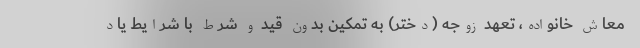
معاش خانواده، تعهد زوجه (دختر) به تمکین بدون قید و شرط با شرایط یاد